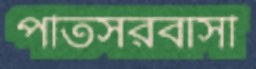
পতিসরবাসী